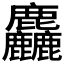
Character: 麤